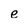
Character: e